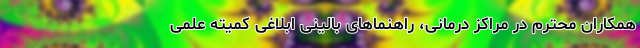
همکاران محترم در مراکز درمانی، راهنما‌های بالینی ابلاغی کمیته علمی